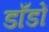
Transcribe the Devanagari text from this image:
डाँडों